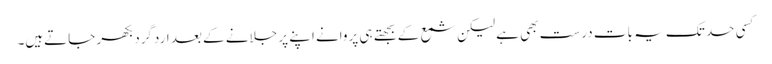
کسی حد تک یہ بات درست بھی ہے لیکن شمع کے بجھتے ہی پروانے اپنے پر جلانے کے بعد اردگرد بکھر جاتےہیں۔